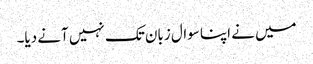
میں نے اپنا سوال زبان تک نہیں آنے دیا۔